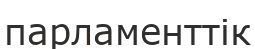
парламенттік